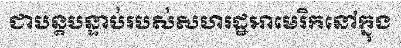
ជាបន្តបន្ទាប់របស់សហរដ្ឋអាមេរិកនៅក្នុង